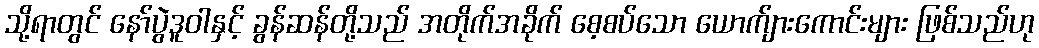
သို့ရာတွင် နော်ပွဲဒူဝါနှင့် ခွန်ဆန်တို့သည် အတိုက်အခိုက် စေ့စပ်သော ယောက်ျားကောင်းများ ဖြစ်သည်ဟု